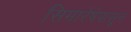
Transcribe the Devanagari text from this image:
सिमारेषेपासून